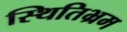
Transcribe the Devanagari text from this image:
स्थितिभ्रम